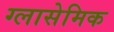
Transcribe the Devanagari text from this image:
ग्लासेमिक